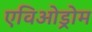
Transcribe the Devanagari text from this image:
एविओड्रोम